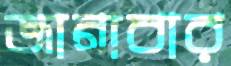
জানাবার